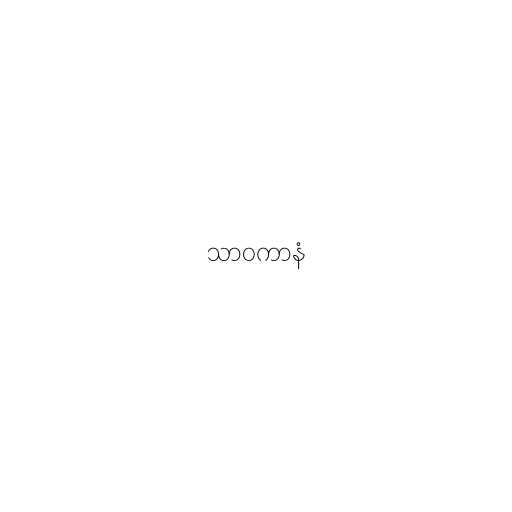
သာဝကာနံ